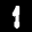
Label: 1